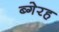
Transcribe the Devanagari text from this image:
ब्गेरह